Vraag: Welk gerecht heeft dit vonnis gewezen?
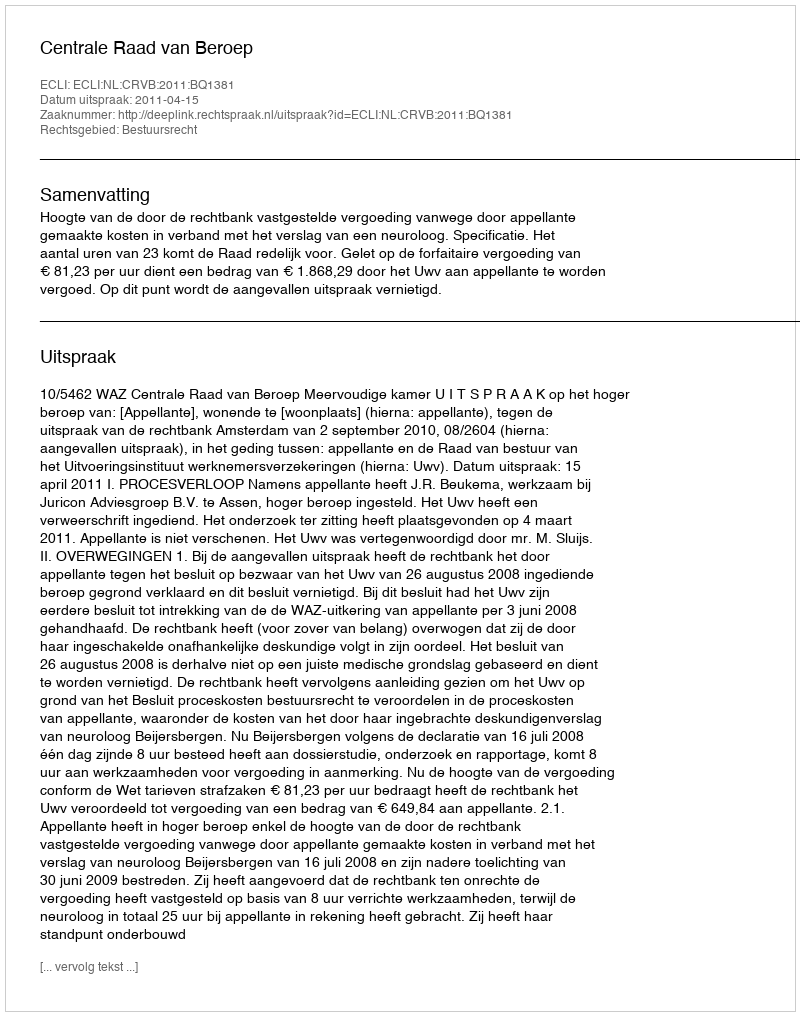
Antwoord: Centrale Raad van Beroep